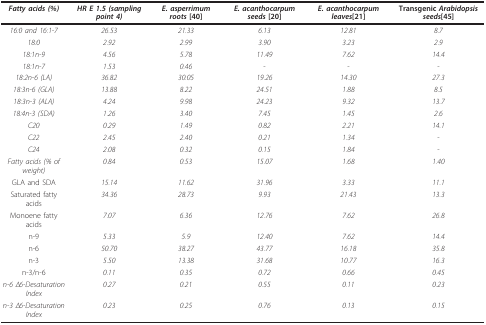
| Fatty acids (%) | HR E 1.5 (sampling point 4) | E. asperrimum roots [40] | E. acanthocarpum seeds [20] | E. acanthocarpum leaves[21] | Transgenic Arabidopsis seeds[45] |
 | --- | --- | --- | --- | --- | --- |
 | 16:0 and 16:1-7 | 26.53 | 21.33 | 6.13 | 12.81 | 8.7 |
 | 18:0 | 2.92 | 2.99 | 3.90 | 3.23 | 2.9 |
 | 18:1n-9 | 4.56 | 5.78 | 11.49 | 7.62 | 14.4 |
 | 18:1n-7 | 1.53 | 0.46 | - | - | - |
 | 18:2n-6 (LA) | 36.82 | 30.05 | 19.26 | 14.30 | 27.3 |
 | 18:3n-6 (GLA) | 13.88 | 8.22 | 24.51 | 1.88 | 8.5 |
 | 18:3n-3 (ALA) | 4.24 | 9.98 | 24.23 | 9.32 | 13.7 |
 | 18:4n-3 (SDA) | 1.26 | 3.40 | 7.45 | 1.45 | 2.6 |
 | C20 | 0.29 | 1.49 | 0.82 | 2.21 | 14.1 |
 | C22 | 2.45 | 2.40 | 0.21 | 1.34 | - |
 | C24 | 2.08 | 0.32 | 0.15 | 1.84 | - |
 | Fatty acids (% of weight) | 0.84 | 0.53 | 15.07 | 1.68 | 1.40 |
 | GLA and SDA | 15.14 | 11.62 | 31.96 | 3.33 | 11.1 |
 | Saturated fatty acids | 34.36 | 28.73 | 9.93 | 21.43 | 13.3 |
 | Monoene fatty acids | 7.07 | 6.36 | 12.76 | 7.62 | 26.8 |
 | n-9 | 5.33 | 5.9 | 12.40 | 7.62 | 14.4 |
 | n-6 | 50.70 | 38.27 | 43.77 | 16.18 | 35.8 |
 | n-3 | 5.50 | 13.38 | 31.68 | 10.77 | 16.3 |
 | n-3/n-6 | 0.11 | 0.35 | 0.72 | 0.66 | 0.45 |
 | n-6 Δ6-Desaturation Index | 0.27 | 0.21 | 0.55 | 0.11 | 0.23 |
 | n-3 Δ6-Desaturation Index | 0.23 | 0.25 | 0.76 | 0.13 | 0.15 |